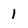
Character: 1